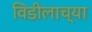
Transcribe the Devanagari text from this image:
विडीलाच्या